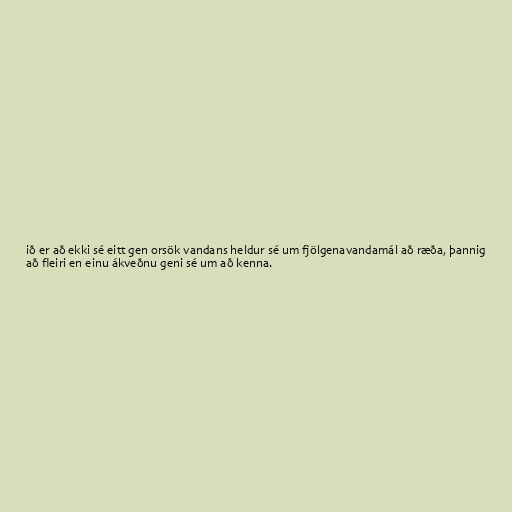
ið er að ekki sé eitt gen orsök vandans heldur sé um fjölgenavandamál að ræða, þannig
að fleiri en einu ákveðnu geni sé um að kenna.